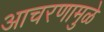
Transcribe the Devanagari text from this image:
आचरणामुळे